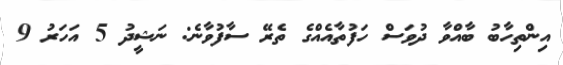
އިންތިހާބު ބާއްވާ ދުވަސް ހަފުތާއެއްގެ ތެރޭ ސާފުވާނެ: ނަޝީދު 5 އަހަރު 9